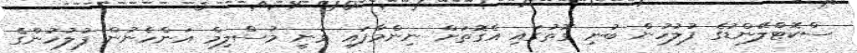
ސްކޮޓްލޭންޑުގެ ފުލުހުން ބުނި ގޮތުގައި އެގޮތަށް ނިންމާފައި ވަނީ މުސްލިމް އަންހެނުން ފުލުހުންގެ